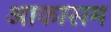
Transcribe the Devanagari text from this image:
आकासम